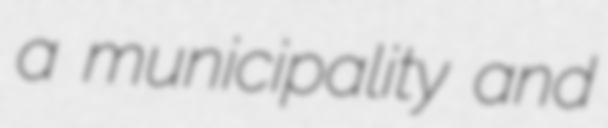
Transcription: a municipality and